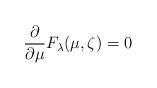
LaTeX: \begin{align*}\frac{\partial}{\partial \mu}F_\lambda(\mu,\zeta) = 0\end{align*}